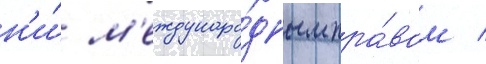
н'и́ м'еждунаро́дным пра́вом /